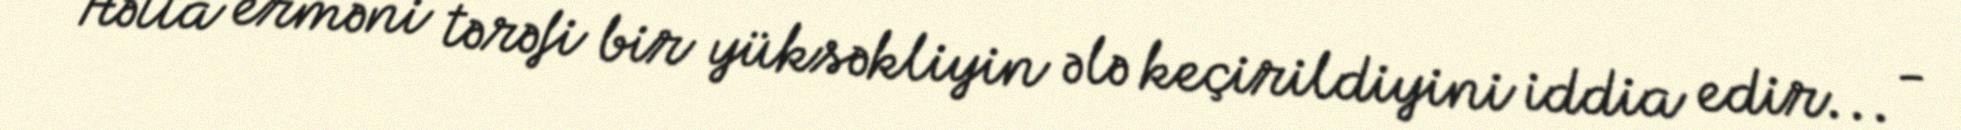
Hətta erməni tərəfi bir yüksəkliyin ələ keçirildiyini iddia edir... -